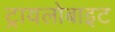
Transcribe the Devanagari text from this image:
ट्रायलोबाइट